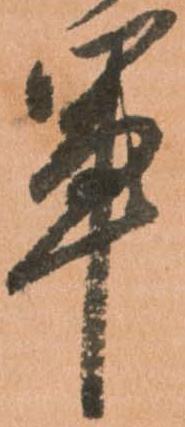
軍